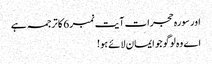
اور سورہ حجرات آیت نمبر 6 کا ترجمہ ہے
اے وہ لوگو جو ایمان لائے ہو!